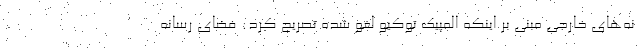
نه‌های خارجی مبنی بر اینکه المپیک توکیو لغو شده تصریح کرد: فضای رسانه